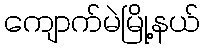
ကျောက်မဲမြို့နယ်